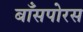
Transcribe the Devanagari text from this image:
बाँसपोरस